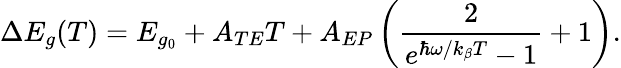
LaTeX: \Delta E_{g}(T)=E_{g_{0}}+A_{TE}T+A_{EP}\left(\frac{2}{e^{\hbar\omega/k_{\beta}T}-1}+1\right).